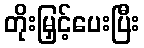
တိုးမြှင့်ပေးပြီး